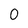
Character: 0